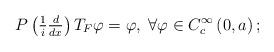
LaTeX: \begin{align*}P\left(\tfrac{1}{i}\tfrac{d}{dx}\right)T_{F}\varphi=\varphi,\;\forall\varphi\in C_{c}^{\infty}\left(0,a\right);\end{align*}